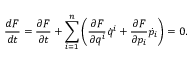
\frac { d F } { d t } = \frac { \partial F } { \partial t } + \sum _ { i = 1 } ^ { n } \left( \frac { \partial F } { \partial q ^ { i } } \dot { q } ^ { i } + \frac { \partial F } { \partial p _ { i } } \dot { p } _ { i } \right) = 0 .